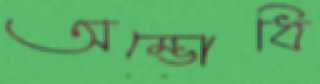
অম্ভোধি